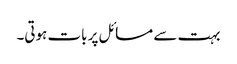
بہت سے مسائل پر بات ہوتی۔